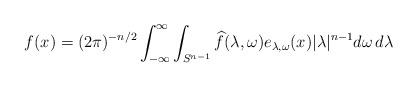
\begin{align*} f(x) = (2\pi)^{-n/2} \int_{-\infty}^\infty \int_{S^{n-1}} \widehat{f}(\lambda,\omega) e_{\lambda,\omega}(x) |\lambda|^{n-1} d\omega\, d\lambda \end{align*}